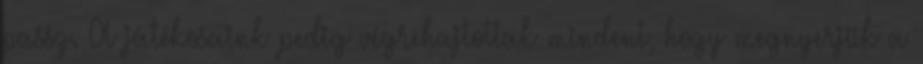
passz. A játékosaink pedig végrehajtottak mindent, hogy megnyerjük a